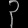
Digit: ၃